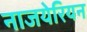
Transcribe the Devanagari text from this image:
नाजयेरियन